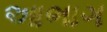
આભાગ